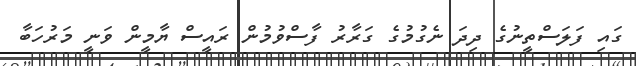
ގައި ފަލަސްތީނުގެ ދިދަ ނެގުމުގެ ގަރާރު ފާސްވުމުން ރައީސް ޔާމީން ވަނީ މަރުހަބާ